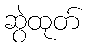
ဆွဲထုတ်